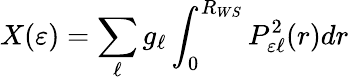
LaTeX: X(\varepsilon)=\sum_{\ell}g_{\ell}\int_{0}^{R_{WS}}{P_{\varepsilon\ell}^{2}(r)dr}